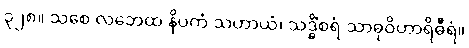
၃၂၈။ သစေ လဘေထ နိပကံ သဟာယံ၊ သဒ္ဓိံစရံ သာဓုဝိဟာရိဓီရံ။